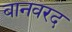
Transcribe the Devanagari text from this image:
बानवरद